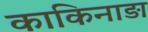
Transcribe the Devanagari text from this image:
काकिनाड़ा